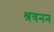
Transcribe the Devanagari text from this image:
श्रवनन